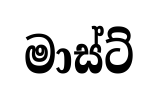
මාස්ට්